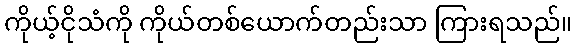
ကိုယ့်ငိုသံကို ကိုယ်တစ်ယောက်တည်းသာ ကြားရသည်။